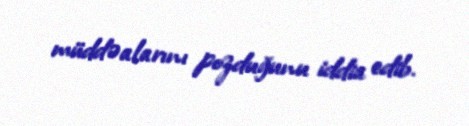
müddəalarını pozduğunu iddia edib.